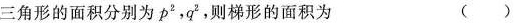
三角形的面积分别为 p^{2}，q^{2}，则梯形的面积为 ( )